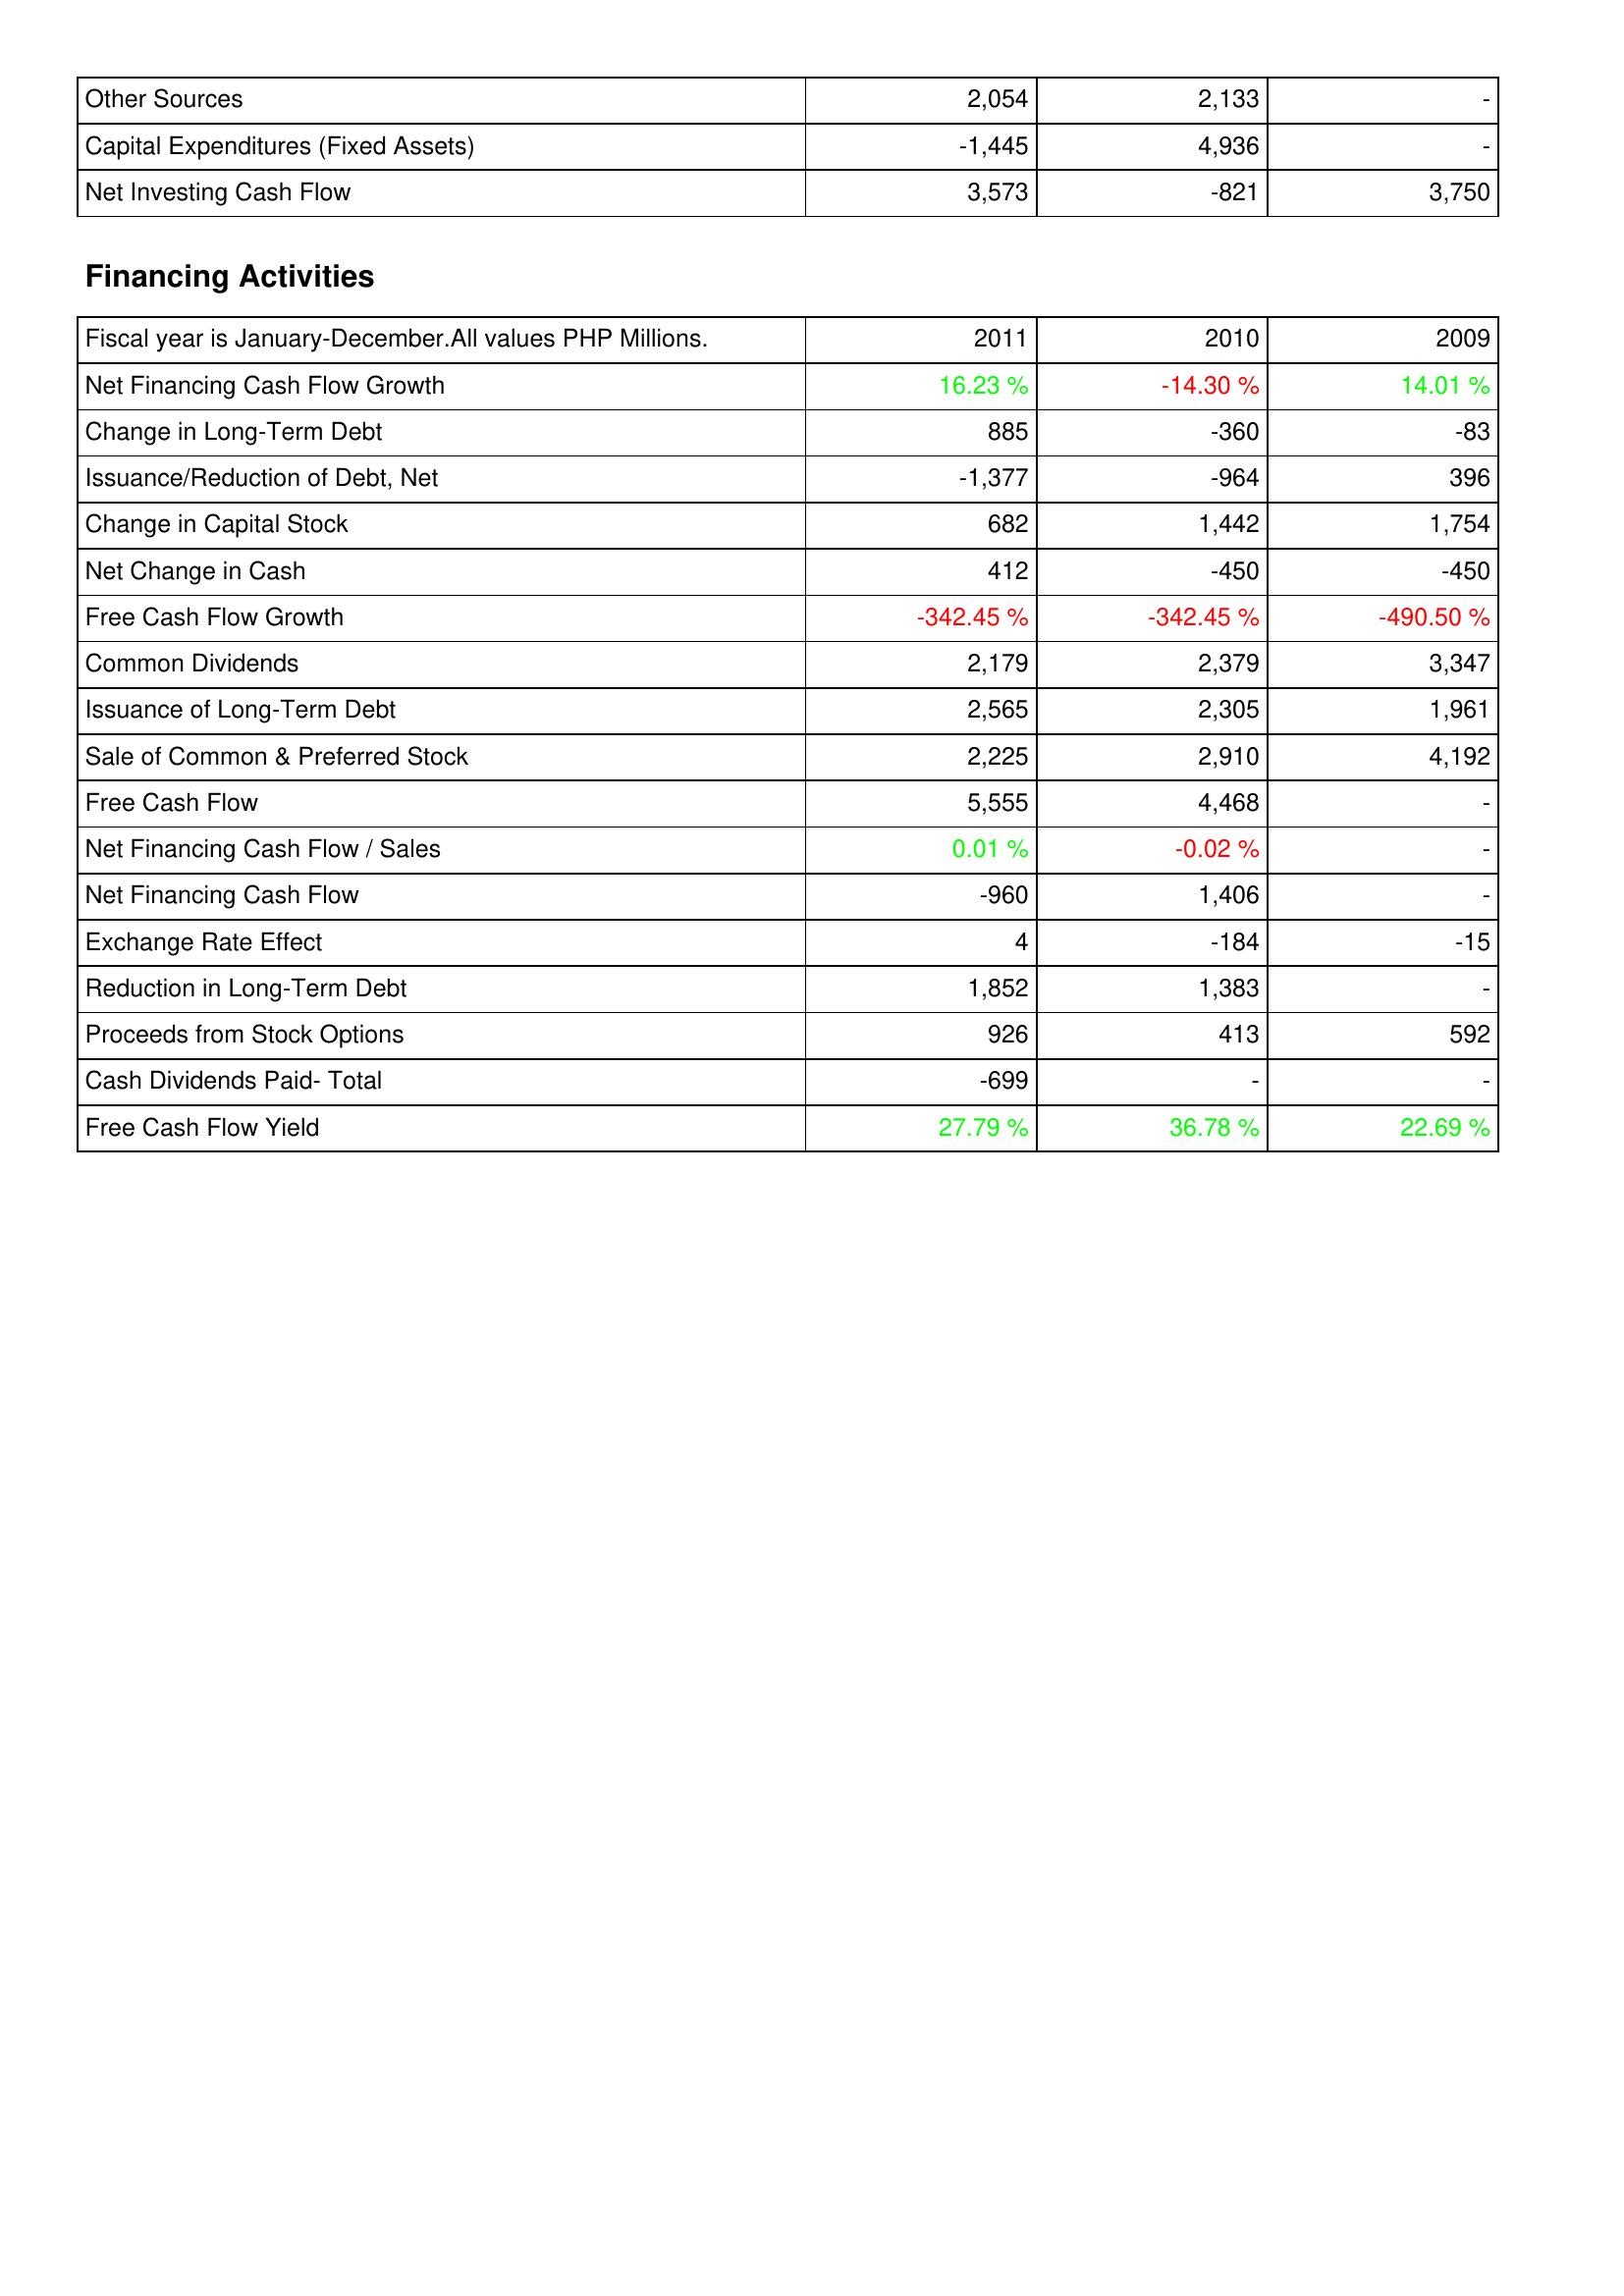
2011: Investing Activities: Other Sources: 2,054
Capital Expenditures (Fixed Assets): -1,445
Net Investing Cash Flow: 3,573
Financing Activities: Net Financing Cash Flow Growth: 16.23 %
Change in Long-Term Debt: 885
Issuance/Reduction of Debt, Net: -1,377
Change in Capital Stock: 682
Net Change in Cash: 412
Free Cash Flow Growth: -342.45 %
Common Dividends: 2,179
Issuance of Long-Term Debt: 2,565
Sale of Common & Preferred Stock: 2,225
Free Cash Flow: 5,555
Net Financing Cash Flow / Sales: 0.01 %
Net Financing Cash Flow: -960
Exchange Rate Effect: 4
Reduction in Long-Term Debt: 1,852
Proceeds from Stock Options: 926
Cash Dividends Paid- Total: -699
Free Cash Flow Yield: 27.79 %
2010: Investing Activities: Other Sources: 2,133
Capital Expenditures (Fixed Assets): 4,936
Net Investing Cash Flow: -821
Financing Activities: Net Financing Cash Flow Growth: -14.30 %
Change in Long-Term Debt: -360
Issuance/Reduction of Debt, Net: -964
Change in Capital Stock: 1,442
Net Change in Cash: -450
Free Cash Flow Growth: -342.45 %
Common Dividends: 2,379
Issuance of Long-Term Debt: 2,305
Sale of Common & Preferred Stock: 2,910
Free Cash Flow: 4,468
Net Financing Cash Flow / Sales: -0.02 %
Net Financing Cash Flow: 1,406
Exchange Rate Effect: -184
Reduction in Long-Term Debt: 1,383
Proceeds from Stock Options: 413
Cash Dividends Paid- Total: -
Free Cash Flow Yield: 36.78 %
2009: Investing Activities: Other Sources: -
Capital Expenditures (Fixed Assets): -
Net Investing Cash Flow: 3,750
Financing Activities: Net Financing Cash Flow Growth: 14.01 %
Change in Long-Term Debt: -83
Issuance/Reduction of Debt, Net: 396
Change in Capital Stock: 1,754
Net Change in Cash: -450
Free Cash Flow Growth: -490.50 %
Common Dividends: 3,347
Issuance of Long-Term Debt: 1,961
Sale of Common & Preferred Stock: 4,192
Free Cash Flow: -
Net Financing Cash Flow / Sales: -
Net Financing Cash Flow: -
Exchange Rate Effect: -15
Reduction in Long-Term Debt: -
Proceeds from Stock Options: 592
Cash Dividends Paid- Total: -
Free Cash Flow Yield: 22.69 %